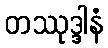
တဿုဒ္ဒါနံ